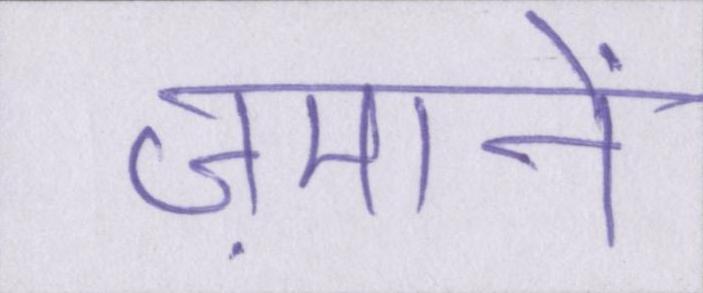
ज़मानें